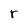
Character: r